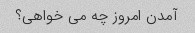
آمدن امروز چه می خواهی؟